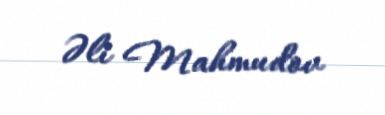
Əli Mahmudov